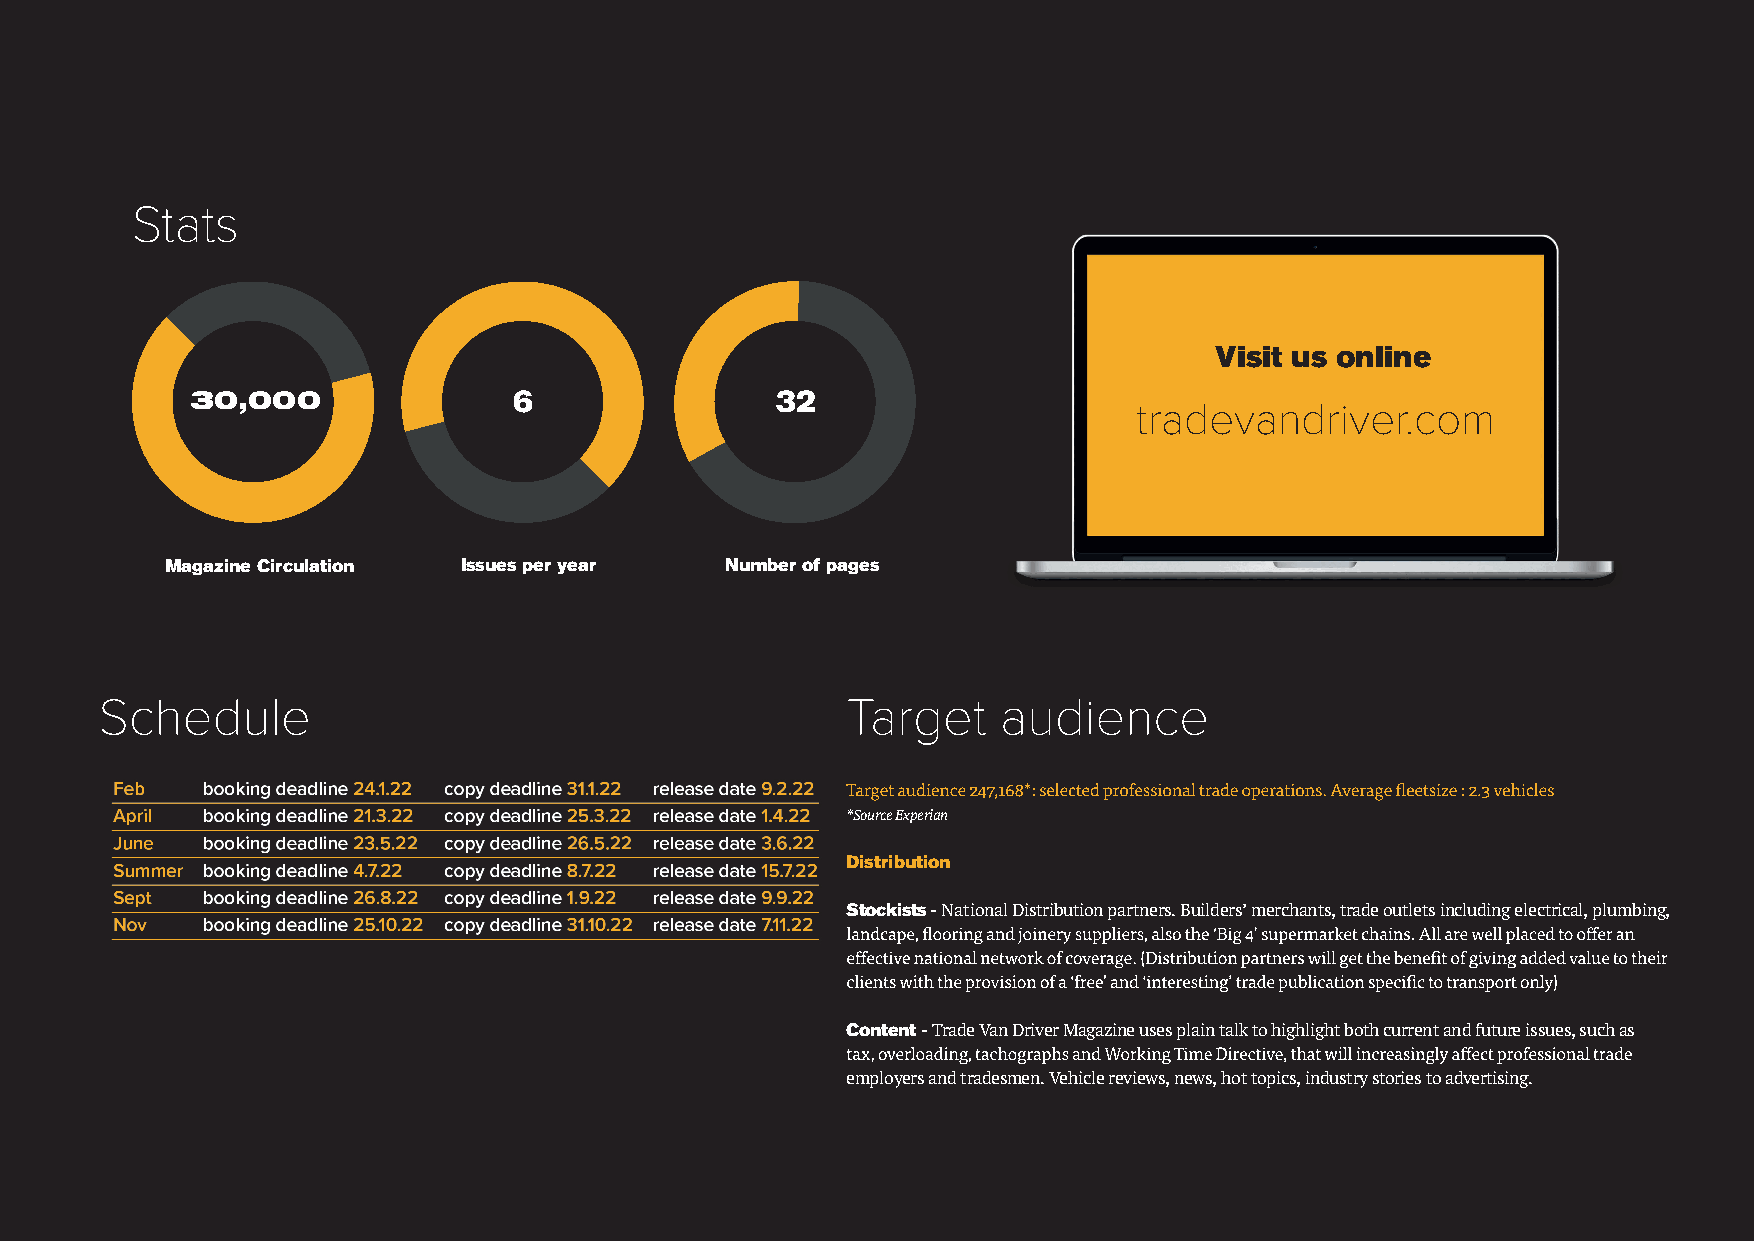
Stats
 Visit us online
 3205,,000000         6                32
 tradevandriver.com
 Magazine Circulation Issues per year Number of pages
 Schedule                                         Target    audience
 *Source Experian
 Distribution
 Stockists - National Distribution partners. Builders’ merchants, trade outlets including electrical, plumbing,
 Content - Trade Van Driver Magazine uses plain talk to highlight both current and future issues, such as
 employers and tradesmen. Vehicle reviews, news, hot topics, industry stories to advertising.